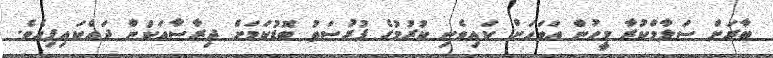
ބާރަށް ސަލާމްކުރާ މީހުން އަވަހަށް ކައިވެނި ކުރުމުގެ ފުރުސަތު ބޮޑުކަމަށް ދިރާސާއަކުން ދައްކައިފިއެވެ.